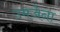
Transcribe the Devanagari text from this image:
उमजेना